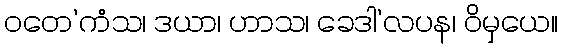
ဝတေ’ကံသ၊ ဒယာ၊ ဟာသ၊ ခေဒါ’လပန၊ ဝိမှယေ။